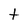
Character: t